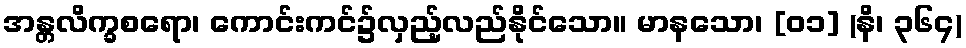
အန္တလိက္ခစရော၊ ကောင်းကင်၌လှည့်လည်နိုင်သော။ မာနသော၊ [၀၁] (နိ၊ ၃၆၄)